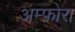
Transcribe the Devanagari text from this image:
अम्फ़ोरा